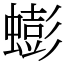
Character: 蟛